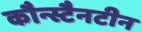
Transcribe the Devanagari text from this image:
कौन्स्टैनटीन